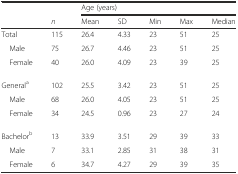
<table><thead><tr><td></td><td></td><td colspan="5"><b>Age (years)</b></td></tr><tr><td></td><td><b><i>n</i></b></td><td><b>Mean</b></td><td><b>SD</b></td><td><b>Min</b></td><td><b>Max</b></td><td><b>Median</b></td></tr></thead><tbody><tr><td>Total</td><td>115</td><td>26.4</td><td>4.33</td><td>23</td><td>51</td><td>25</td></tr><tr><td> Male</td><td>75</td><td>26.7</td><td>4.46</td><td>23</td><td>51</td><td>25</td></tr><tr><td> Female</td><td>40</td><td>26.0</td><td>4.09</td><td>23</td><td>39</td><td>25</td></tr><tr><td>General<sup>a</sup></td><td>102</td><td>25.5</td><td>3.42</td><td>23</td><td>51</td><td>25</td></tr><tr><td> Male</td><td>68</td><td>26.0</td><td>4.05</td><td>23</td><td>51</td><td>25</td></tr><tr><td> Female</td><td>34</td><td>24.5</td><td>0.96</td><td>23</td><td>27</td><td>24</td></tr><tr><td>Bachelor<sup>b</sup></td><td>13</td><td>33.9</td><td>3.51</td><td>29</td><td>39</td><td>33</td></tr><tr><td> Male</td><td>7</td><td>33.1</td><td>2.85</td><td>31</td><td>38</td><td>31</td></tr><tr><td> Female</td><td>6</td><td>34.7</td><td>4.27</td><td>29</td><td>39</td><td>35</td></tr></tbody></table>